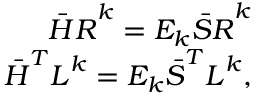
\begin{array} { r } { \boldsymbol { \bar { H } R } ^ { k } = E _ { k } \boldsymbol { \bar { { S } } R } ^ { k } } \\ { \boldsymbol { \bar { H } } ^ { T } \boldsymbol { L } ^ { k } = E _ { k } \boldsymbol { \bar { { S } } } ^ { T } \boldsymbol { L } ^ { k } , } \end{array}